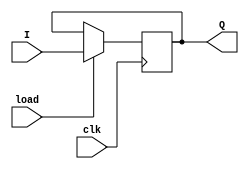
module simple_register_load
    #(parameter N = 4)(
        input clk,
        input load,
        input [N - 1:0] I,
        output [N - 1:0] Q        
    );
    
    reg [N - 1:0] Q_reg, Q_next;
    
    always @(posedge clk)
    begin
        Q_reg <= Q_next;
    end
    
    // Next State logic
    always @(load, I)
    begin
        if (load)
            Q_next = I;
        else
            Q_next = Q_reg;
    end
    
    // Output logic
    assign Q = Q_reg;
endmodule